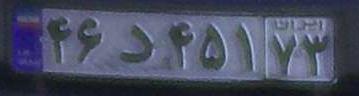
۴۶د۴۵۱۷۳